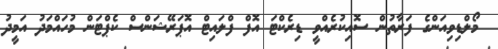
މޯލްޑިވިއަންގެ ފަރާތުން ސޮއިކުރެއްވީ ޑިރެކްޓަ އޮފް ފްލައިޓް އޮޕަރޭޝަންސް ކެޕްޓަން މުހައްމަދު އަމީދު